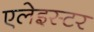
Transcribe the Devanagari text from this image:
एलेइस्टर